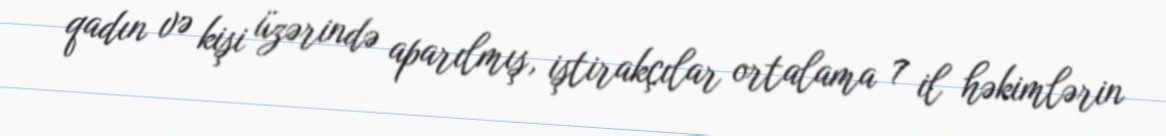
qadın və kişi üzərində aparılmış, iştirakçılar ortalama 7 il həkimlərin